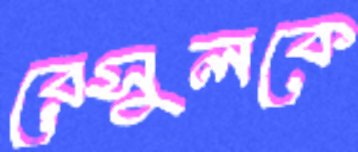
রেসুলকে